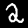
Label: 2